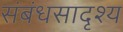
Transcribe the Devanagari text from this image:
संबंधसादृश्य